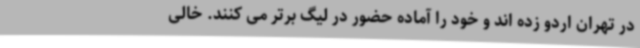
در تهران اردو زده اند و خود را آماده حضور در لیگ برتر می کنند. خالی